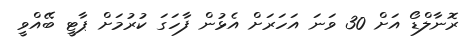
ރޮނާލްޑޯ އަށް 30 ވަނަ އަހަރަށް އެޅުން ފާހަގަ ކުރުމަށް ޕާޓީ ބޭއްވީ